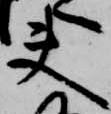
夫